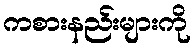
ကစားနည်းများကို